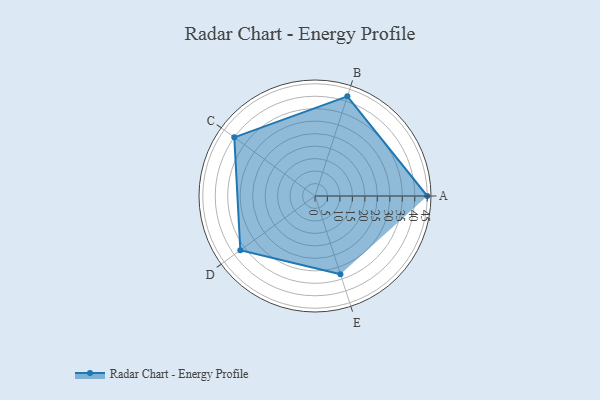
{"axis": {"x": "Skill", "y": "Score"}, "legend": ["Profile"], "data": [{"x": "A", "y": 45.0, "type": "Profile"}, {"x": "B", "y": 42.0, "type": "Profile"}, {"x": "C", "y": 40.0, "type": "Profile"}, {"x": "D", "y": 37.0, "type": "Profile"}, {"x": "E", "y": 33.0, "type": "Profile"}]}